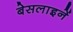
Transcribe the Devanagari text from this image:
बेसलाइनें